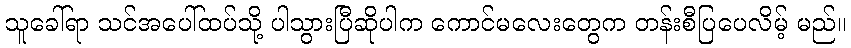
သူခေါ်ရာ သင်အပေါ်ထပ်သို့ ပါသွားပြီဆိုပါက ကောင်မလေးတွေက တန်းစီပြပေလိမ့် မည်။